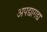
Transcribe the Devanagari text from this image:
अपद्यागद्य